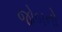
જોબનો